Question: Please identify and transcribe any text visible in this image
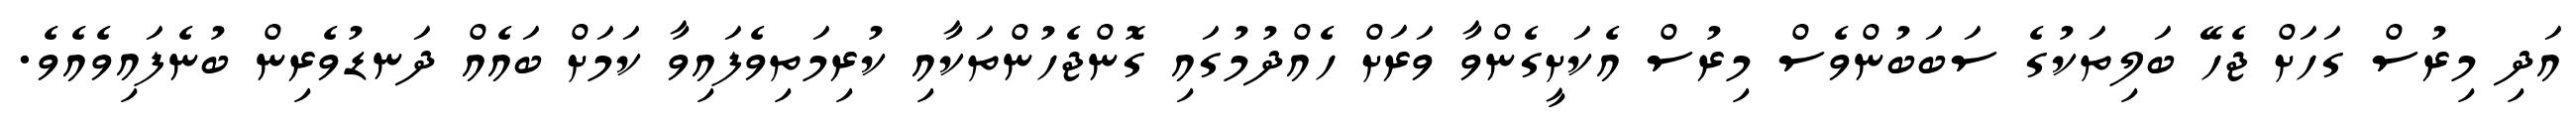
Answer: އަދި މިރުސް ގަހަށް ޖެހޭ ބަލިތަކުގެ ސަބަބުންވެސް މިރުސް އެކަށީގެންވާ ވަރަށް ހެއްދުމުގައި ގޮންޖެހުންތަކާއި ކުރިމަތިވެފައިވާ ކަމަށް ބައެއް ދަނޑުވެރިން ބުނެފައިވެއެވެ.